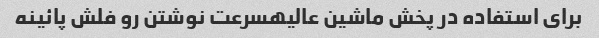
برای استفاده در پخش ماشین عالیهسرعت نوشتن رو فلش پائینه